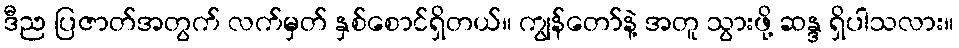
ဒီည ပြဇာတ်အတွက် လက်မှတ် နှစ်စောင်ရှိတယ်။ ကျွန်တော်နဲ့ အတူ သွားဖို့ ဆန္ဒ ရှိပါသလား။